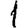
Digit: 1